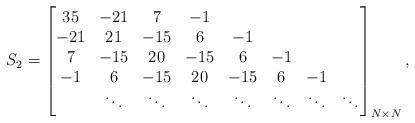
LaTeX: \begin{align*} S_2 = \begin{bmatrix} 35 & -21 & 7 & -1 \\ -21 & 21 & - 15 & 6 & -1 \\ 7 & -15 & 20 & -15 & 6 & -1 \\ -1 & 6 & -15 & 20 & -15 & 6 & -1 \\ & \ddots & \ddots & \ddots & \ddots & \ddots & \ddots & \ddots \\ \end{bmatrix}_{N\times N},\end{align*}